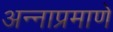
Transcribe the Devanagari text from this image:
अन्नाप्रमाणे